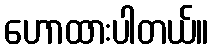
ဟောထားပါတယ်။